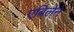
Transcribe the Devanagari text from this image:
एबिलेने